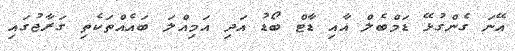
އޭނަ ގެންގުޅޭ ޑަމްބެލް އާއި ޑާޓް ބޯޑު އަދި އަމިއްލަ ބައެއްތަކެތި ގަރާޖުގައި